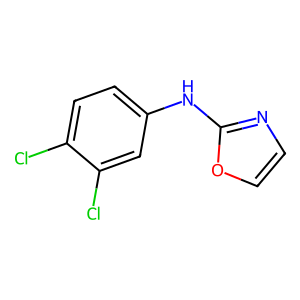
SMILES: Clc1ccc(Nc2ncco2)cc1Cl
Inhibits HIV replication: No